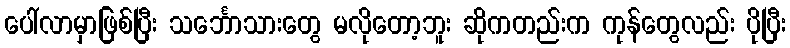
ပေါ်လာမှာဖြစ်ပြီး သင်္ဘောသားတွေ မလိုတော့ဘူး ဆိုကတည်းက ကုန်တွေလည်း ပိုပြီး